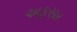
અફસાર